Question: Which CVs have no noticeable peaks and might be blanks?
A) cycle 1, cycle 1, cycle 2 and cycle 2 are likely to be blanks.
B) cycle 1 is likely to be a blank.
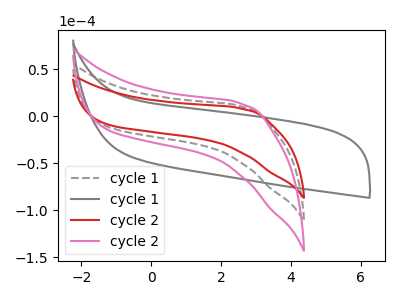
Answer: <think>The gray dashed curve "cycle 1" has no peaks. The gray curve "cycle 1" has no peaks. The red curve "cycle 2" has no peaks. The pink curve "cycle 2" has no peaks.</think>
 <answer>A) "cycle 1", "cycle 1", "cycle 2" and "cycle 2" are likely to be blanks.</answer>
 <eval>A</eval>